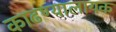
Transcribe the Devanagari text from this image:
काढण्यालायक